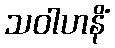
သဝါဟနိံ